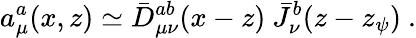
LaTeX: a_{\mu}^{a}(x,z)\simeq\bar{D}_{\mu\nu}^{ab}(x-z)~\bar{J}_{\nu}^{b}(z-z_{\psi})~.